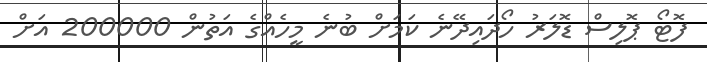
ފޮޓޯ ޕޮލިސް ޑޮލަރު ހޯދައިދޭނެ ކަމަށް ބުނެ މީހެއްގެ އަތުން 200000 އަށް